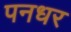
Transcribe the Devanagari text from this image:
पनधर